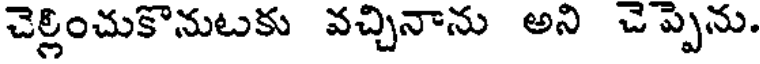
చెల్లించుకొనుటకు వచ్చినాను అని చెప్పెను.